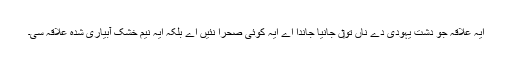
ایہ علاقہ جو دشت یہودی دے ناں تو‏ں جانیا جاندا اے ایہ کوئی صحرا نئيں اے بلکہ ایہ نیم خشک آبیاری شدہ علاقہ سی۔